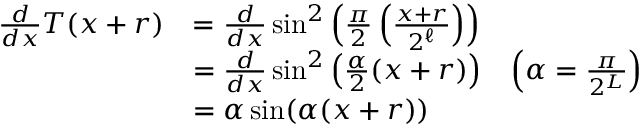
\begin{array} { r l r } { \frac { d } { d x } T ( x + r ) } & { = \frac { d } { d x } \sin ^ { 2 } \left( \frac \pi 2 \left( \frac { x + r } { 2 ^ { \ell } } \right) \right) } \\ & { = \frac { d } { d x } \sin ^ { 2 } \left( \frac \alpha 2 ( x + r ) \right) } & { \left( \alpha = \frac \pi { 2 ^ { L } } \right) } \\ & { = \alpha \sin ( \alpha ( x + r ) ) } \end{array}